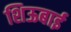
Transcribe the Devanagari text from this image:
शिऊबाई